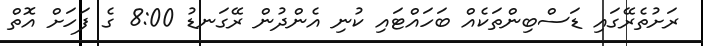
ރަށުތެރޭގައި ޑަސްބިންތަކެއް ބަހައްޓައި ކުނި އެންދުން ރޭގަނޑު 8:00 ގެ ފަހަށް އޮތް